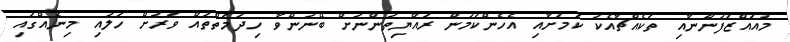
މުއައްޒަފުންނާއި ތަކެއްޗާއެކު ކަމަށާއި އެހެންކަމުން ރައްޔިތުންނަށް ބޭނުންވާ ހިދުމަތްތައް ވަރަށް ހަލުއި މިނެއްގައި